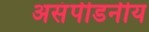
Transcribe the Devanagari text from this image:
असंपीडनीय